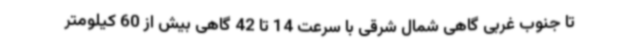
تا جنوب غربی گاهی شمال شرقی با سرعت 14 تا 42 گاهی بیش از 60 کیلومتر